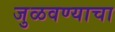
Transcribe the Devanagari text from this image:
जुळवण्याचा